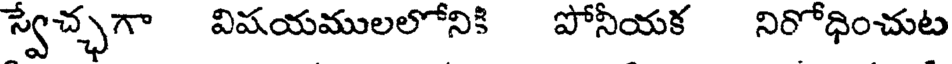
స్వేచ్ఛగా విషయములలోనికి పోనీయక నిరోధించుట